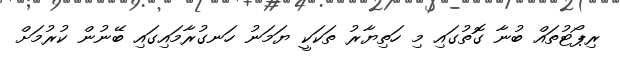
ރިޕޯޓުތައް ބުނާ ގޮތުގައި މި ހަތިޔާރު ތަކަކީ ޔަމަނު ހަނގުރާމައިގައި ބޭނުން ކުުރުމަށް